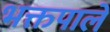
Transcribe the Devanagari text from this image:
भक्तपाले